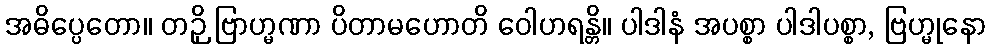
အဓိပ္ပေတော။ တဉှိ ဗြာဟ္မဏာ ပိတာမဟောတိ ဝေါဟရန္တိ။ ပါဒါနံ အပစ္စာ ပါဒါပစ္စာ, ဗြဟ္မုနော